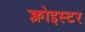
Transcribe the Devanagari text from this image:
क्लोइस्टर